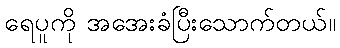
ရေပူကို အအေးခံပြီးသောက်တယ်။